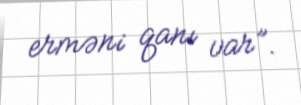
erməni qanı var”.